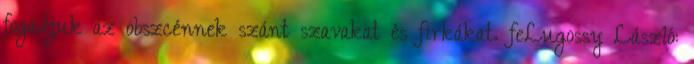
fogadjuk az obszcénnek szánt szavakat és firkákat. feLugossy László: